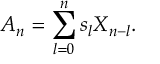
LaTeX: A _ { n } = \sum _ { l = 0 } ^ { n } s _ { l } X _ { n - l } .